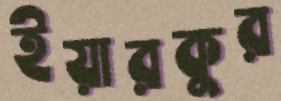
ইয়ারকুর